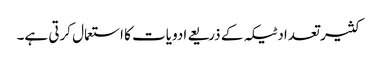
کثیر تعداد ٹیکہ کے ذریعے ادویات کا استعمال کرتی ہے۔